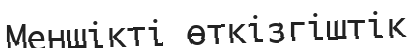
Меншікті өткізгіштік